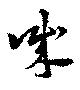
誠